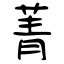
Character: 菁